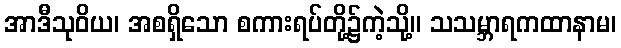
အာဒီသုဝိယ၊ အစရှိသော စကားရပ်တို့၌ကဲ့သို့။ သသမ္ဘာရကထာနာမ၊